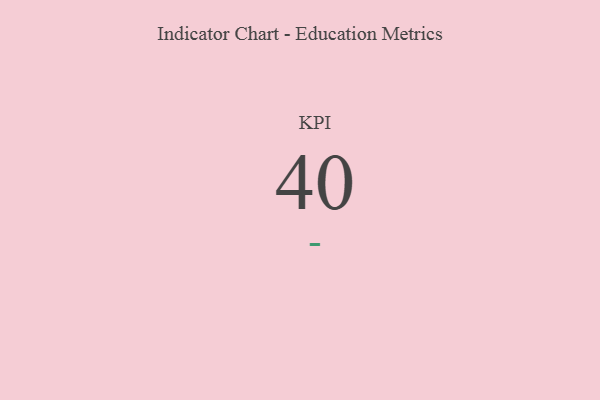
{"axis": {"x": "KPI", "y": "Value"}, "legend": [""], "data": [{"x": "KPI", "y": 40, "type": ""}]}